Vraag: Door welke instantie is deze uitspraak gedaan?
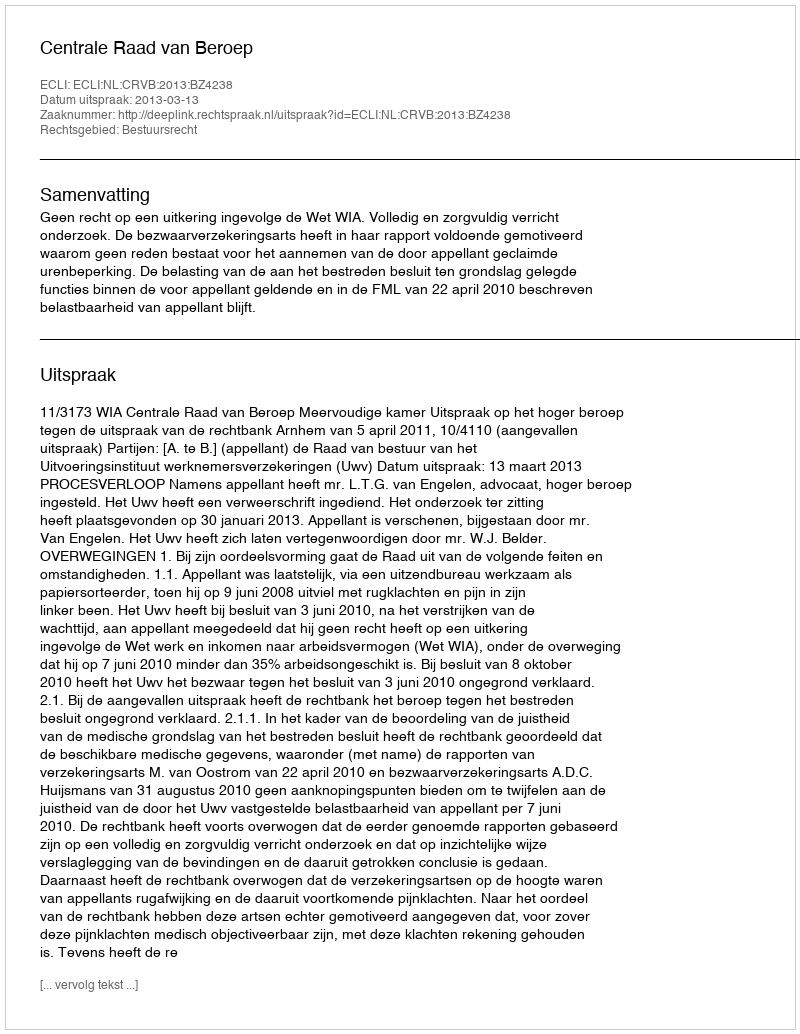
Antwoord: Centrale Raad van Beroep